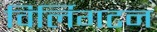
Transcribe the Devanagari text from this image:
विर्लिगटन